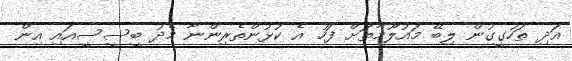
އަދި ތަހުގީގުން ލިބޭ މައުލޫމާތަށް ފަހު އެ ކުޅުންތެރިންނާ މެދު ބީސީސީއައި އިން